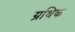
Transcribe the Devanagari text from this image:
ग्रथिक